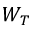
W _ { T }